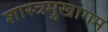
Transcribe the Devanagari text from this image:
शास्त्रमुखागम